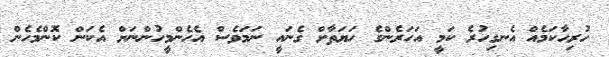
ހުރިހާކަމެއް އެނގިހުރެ ކަމީ އަހަރެންގެ ހަޔަތާށް ގެނައީ ނަމަވެސް އެހެންމީހުންނަށް އެކަން ކޮންމެހެން